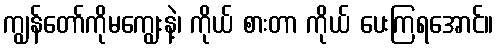
ကျွန်တော်ကိုမကျွေးနဲ့၊ ကိုယ် စားတာ ကိုယ် ပေးကြရအောင်။